Scottish Certificate of Education, 1962
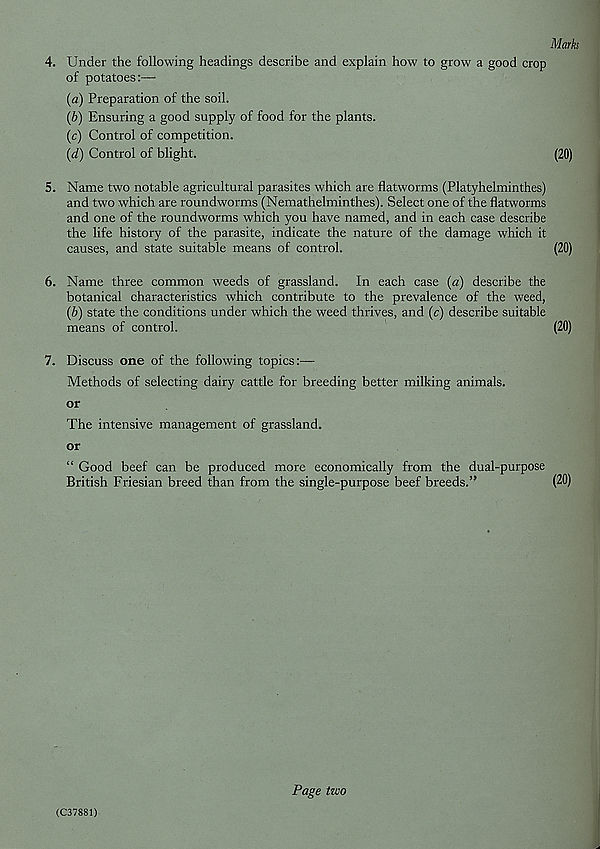
Marks
4. Under the following headings describe and explain how to grow a good crop
of potatoes:—
(a) Preparation of the soil.
(b) Ensuring a good supply of food for the plants.
(c) Control of competition.
(d) Control of blight.
(20)
5. Name two notable agricultural parasites which are flatworms (Platyhelminthes)
and two which are roundworms (Nemathelminthes). Select one of the flatworms
and one of the roundworms which you have named, and in each case describe
the life history of the parasite, indicate the nature of the damage which it
causes, and state suitable means of control.
(20)
6. Name three common weeds of grassland. In each case (a) describe the
botanical characteristics which contribute to the prevalence of the weed,
(b) state the conditions under which the weed thrives, and (c) describe suitable
means of control.
(20)
7. Discuss one of the following topics:—
Methods of selecting dairy cattle for breeding better milking animals.
or
The intensive management of grassland.
or
“ Good beef can be produced more economically from the dual-purpose
British Friesian breed than from the single-purpose beef breeds.”
(20)
(C37881)
Page two